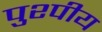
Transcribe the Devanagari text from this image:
पुश्पीय